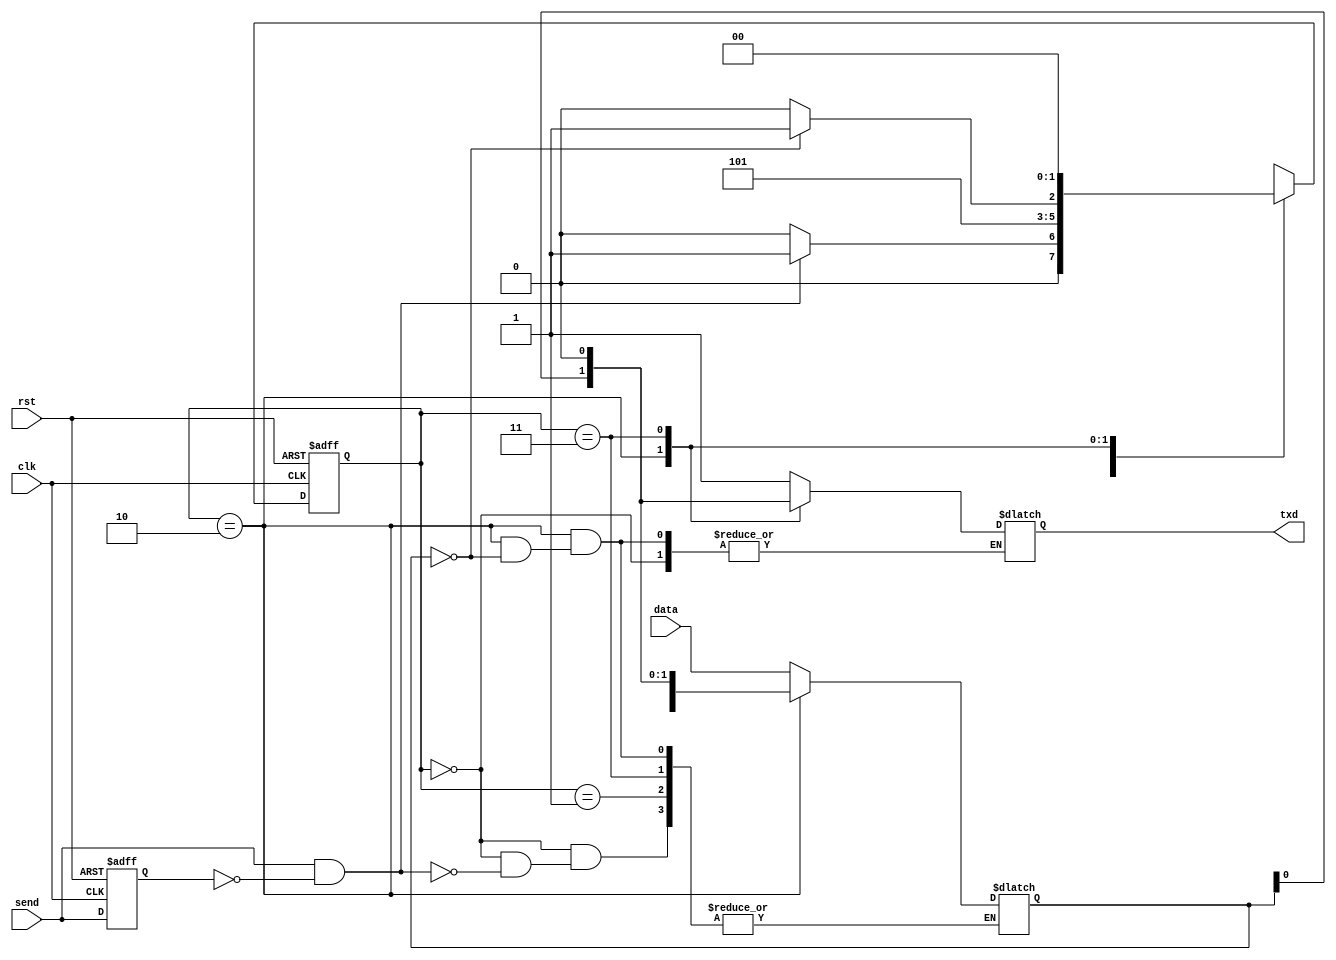
module UART(
    input clk,      // zegar
    input rst,      // reset
    input send,     // flaga, ze dane wyslane
    input [7:0] data, // 8-bitowy sygnał wejściowy
    output reg txd   // 1 bitowe wyjście
);

parameter STATE_IDLE = 2'b00;
parameter STATE_SEND_START_BIT = 2'b01;
parameter STATE_SEND_DATA = 2'b10;
parameter STATE_SEND_STOP_BIT = 2'b11;

// Deklaracja rejestru stanu
reg [1:0] state_reg, next_state;

// Deklaracja rejestru danych
reg [7:0] data_reg;

// Inicjalizacja
initial begin
    state_reg <= STATE_IDLE;
    data_reg <= 8'b0;
end

// Kolejność stanów
always @(posedge clk or posedge rst) begin
    if (rst) begin
        state_reg <= STATE_IDLE;
    end else begin
        state_reg <= next_state;
    end
end

always @(*) begin
    case(state_reg)
        STATE_IDLE: begin
            if (send && !send_prev) begin // Zbocze narastające na fladze send
                next_state = STATE_SEND_START_BIT;
                data_reg = data;
            end else begin
                next_state = STATE_IDLE;
            end
        end
        
        STATE_SEND_START_BIT: begin
            next_state = STATE_SEND_DATA;
            txd = 1'b1; // Wartość bitu startu
        end
        
        STATE_SEND_DATA: begin
            if (data_reg == 8'b0) begin
                next_state = STATE_SEND_STOP_BIT;
            end else begin
                next_state = STATE_SEND_DATA;
                txd = data_reg[0];
                data_reg = {data_reg[6:0], 1'b0}; // Przesuń dane o jeden bit w prawo
            end
        end
        
        STATE_SEND_STOP_BIT: begin
            next_state = STATE_IDLE;
            txd = 1'b0; // Wartość bitu stopu
        end
    endcase
end

// Przechowuje sobie poprzednią wartość send
reg send_prev;
always @(posedge clk or posedge rst) begin
    if (rst) begin
        send_prev <= 1'b0;
    end else begin
        send_prev <= send;
    end
end

endmodule